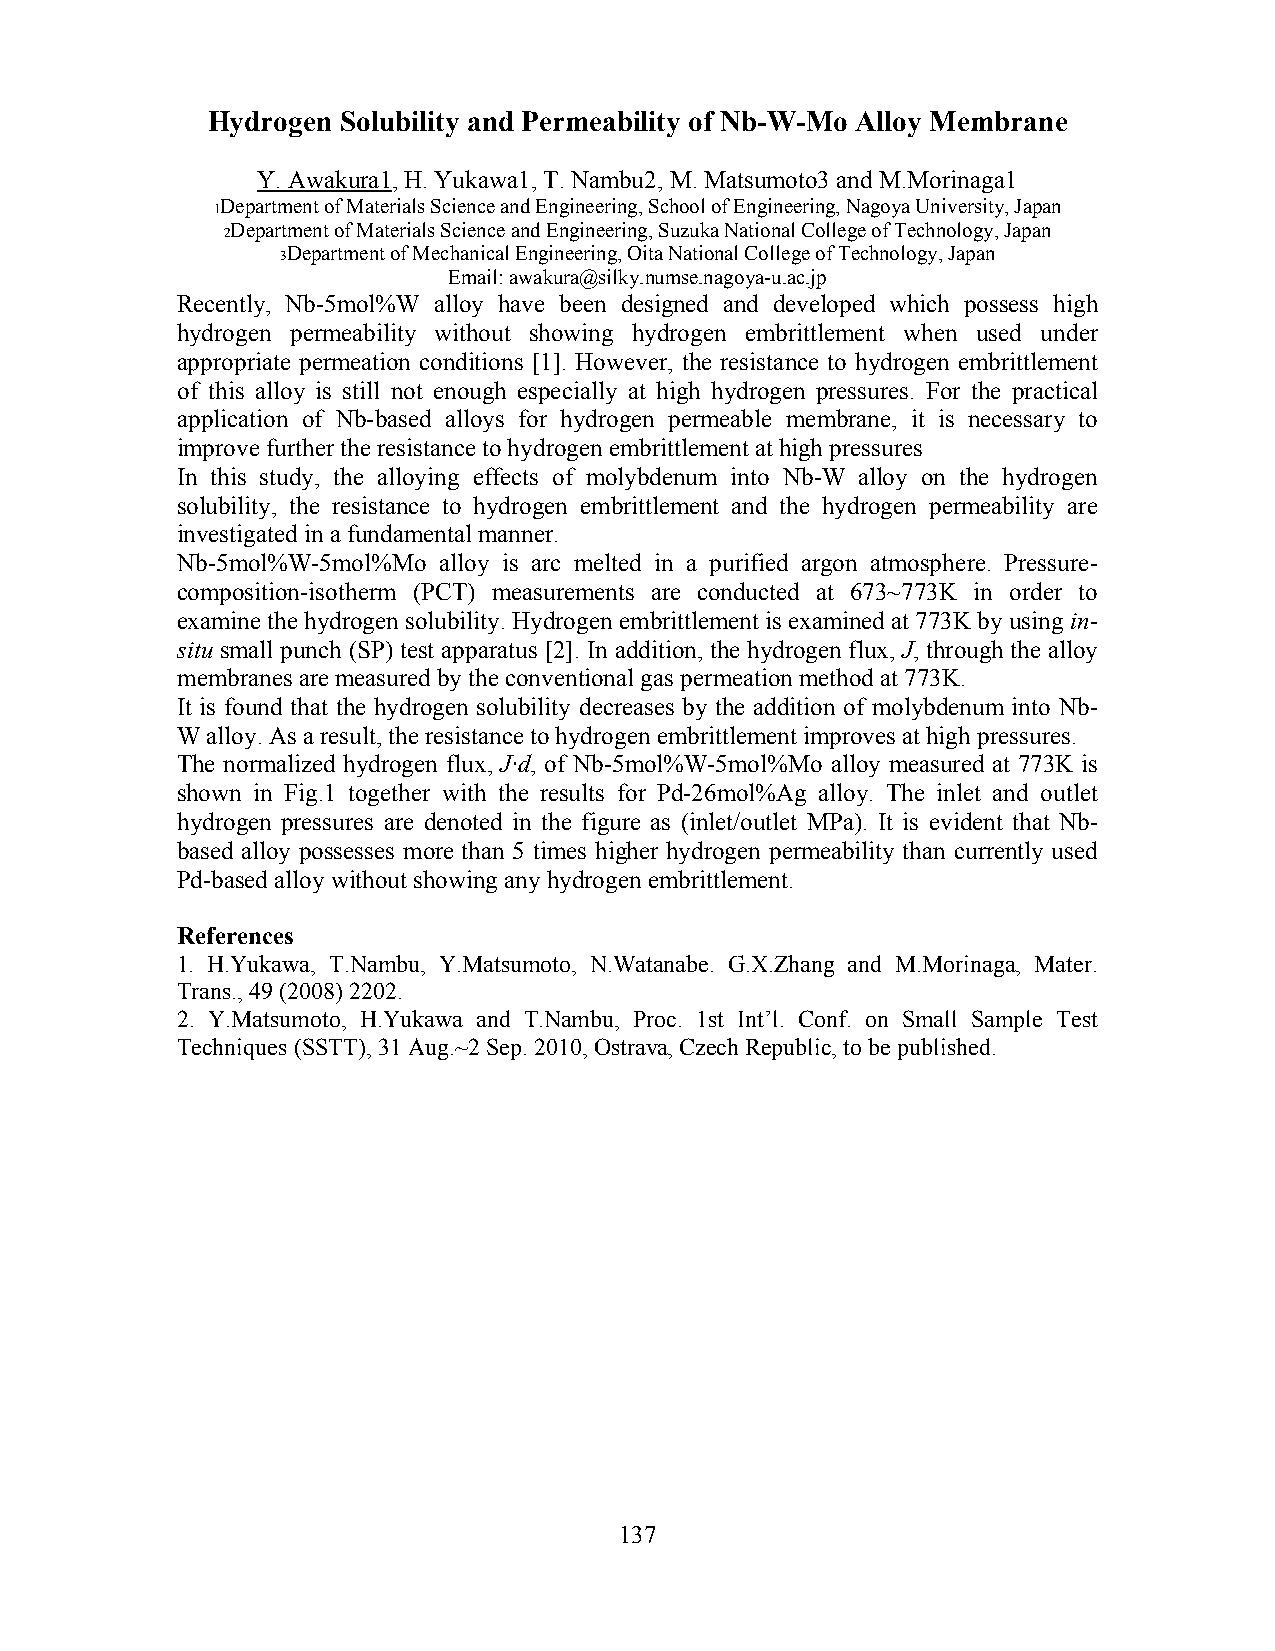
Hydrogen Solubility and Permeability of Nb-W-Mo Alloy Membrane
 Y. Awakura1, H. Yukawa1, T. Nambu2, M. Matsumoto3 and M.Morinaga1
 1Department of Materials Science and Engineering, School of Engineering, Nagoya University, Japan
 2Department of Materials Science and Engineering, Suzuka National College of Technology, Japan
 3Department of Mechanical Engineering, Oita National College of Technology, Japan
 Email: awakura@silky.numse.nagoya-u.ac.jp
 Recently, Nb-5mol%W alloy have been designed and developed which possess high
 hydrogen permeability without showing hydrogen embrittlement when used under
 appropriate permeation conditions [1]. However, the resistance to hydrogen embrittlement
 of this alloy is still not enough especially at high hydrogen pressures. For the practical
 application of Nb-based alloys for hydrogen permeable membrane, it is necessary to
 improve further the resistance to hydrogen embrittlement at high pressures
 In this study, the alloying effects of molybdenum into Nb-W alloy on the hydrogen
 solubility, the resistance to hydrogen embrittlement and the hydrogen permeability are
 investigated in a fundamental manner.
 Nb-5mol%W-5mol%Mo alloy is arc melted in a purified argon atmosphere. Pressure-
 composition-isotherm (PCT) measurements are conducted at 673~773K in order to
 examine the hydrogen solubility. Hydrogen embrittlement is examined at 773K by using in-
 situ small punch (SP) test apparatus [2]. In addition, the hydrogen flux, J, through the alloy
 membranes are measured by the conventional gas permeation method at 773K.
 It is found that the hydrogen solubility decreases by the addition of molybdenum into Nb-
 W alloy. As a result, the resistance to hydrogen embrittlement improves at high pressures.
 The normalized hydrogen flux, J·d, of Nb-5mol%W-5mol%Mo alloy measured at 773K is
 shown in Fig.1 together with the results for Pd-26mol%Ag alloy. The inlet and outlet
 hydrogen pressures are denoted in the figure as (inlet/outlet MPa). It is evident that Nb-
 based alloy possesses more than 5 times higher hydrogen permeability than currently used
 Pd-based alloy without showing any hydrogen embrittlement.
 References
 1. H.Yukawa, T.Nambu, Y.Matsumoto, N.Watanabe. G.X.Zhang and M.Morinaga, Mater.
 Trans., 49 (2008) 2202.
 2. Y.Matsumoto, H.Yukawa and T.Nambu, Proc. 1st Int’l. Conf. on Small Sample Test
 Techniques (SSTT), 31 Aug.~2 Sep. 2010, Ostrava, Czech Republic, to be published.
 137